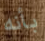
بأنه